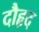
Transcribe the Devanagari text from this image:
दौहृद